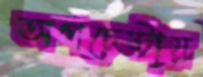
অপচেষ্টায়